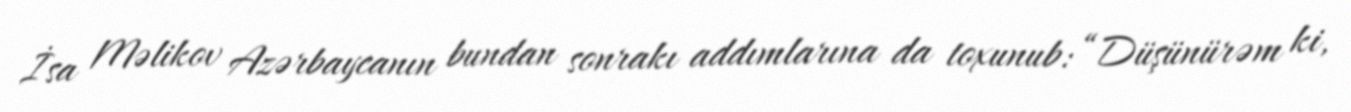
İsa Məlikov Azərbaycanın bundan sonrakı addımlarına da toxunub: “Düşünürəm ki,